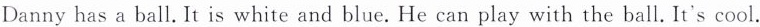
Danny has a ball.It is white and blue.He can play with the ball.It's cool.